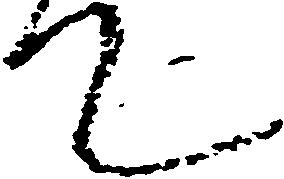
て